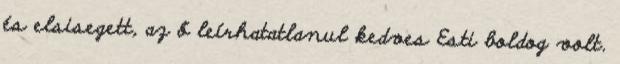
és elsisegett, az ő leírhatatlanul kedves Esti boldog volt.